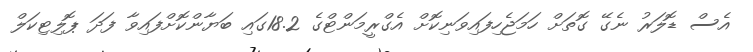
އެސް ޑޮލަރު ނެގޭ ގޮތަށް ހަމަޖެހިފައިވަނިކޮށް އެގްރީމަންޓްގެ 18.2ގައި ބަޔާންކޮށްފައިވާ ފަދަ ޕޮލިޓިކަލް